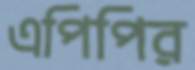
এপিপির